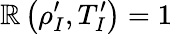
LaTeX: \mathbb{R}\left(\rho_{I}^{\prime},T_{I}^{\prime}\right)=1